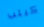
كيلب